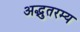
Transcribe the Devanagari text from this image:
अद्भुतरम्य